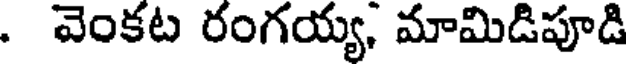
. వెంకట రంగయ్య, మామిడిపూడి